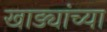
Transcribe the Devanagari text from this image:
खाड्यांच्या